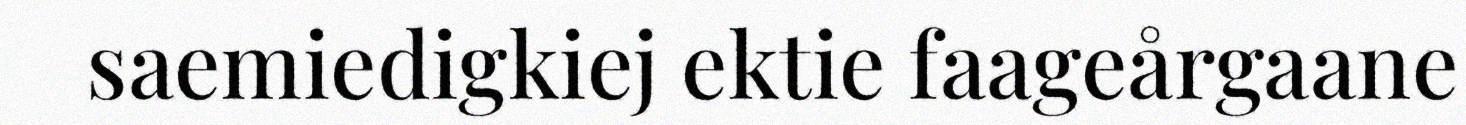
saemiedigkiej ektie faageårgaane